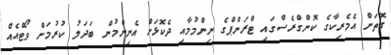
ގޮތަށް އެމެރިކާގެ ކޮންގްރެސްގައި ޓްރަންޕްގެ ނިންމުމާއި ދެކޮޅަށް އެނިންމުން ބަދަލު ކުރުމަށް ވޯޓްއެއް